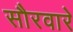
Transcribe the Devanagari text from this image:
सौरवारे